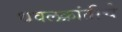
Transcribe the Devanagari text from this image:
धवलक्रांतीचे